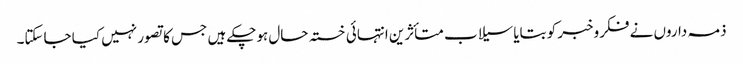
ذمہ داروں نے فکروخبر کو بتایا سیلاب متأثرین انتہائی خستہ حال ہوچکے ہیں جس کا تصور نہیں کیا جاسکتا۔